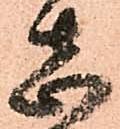
志